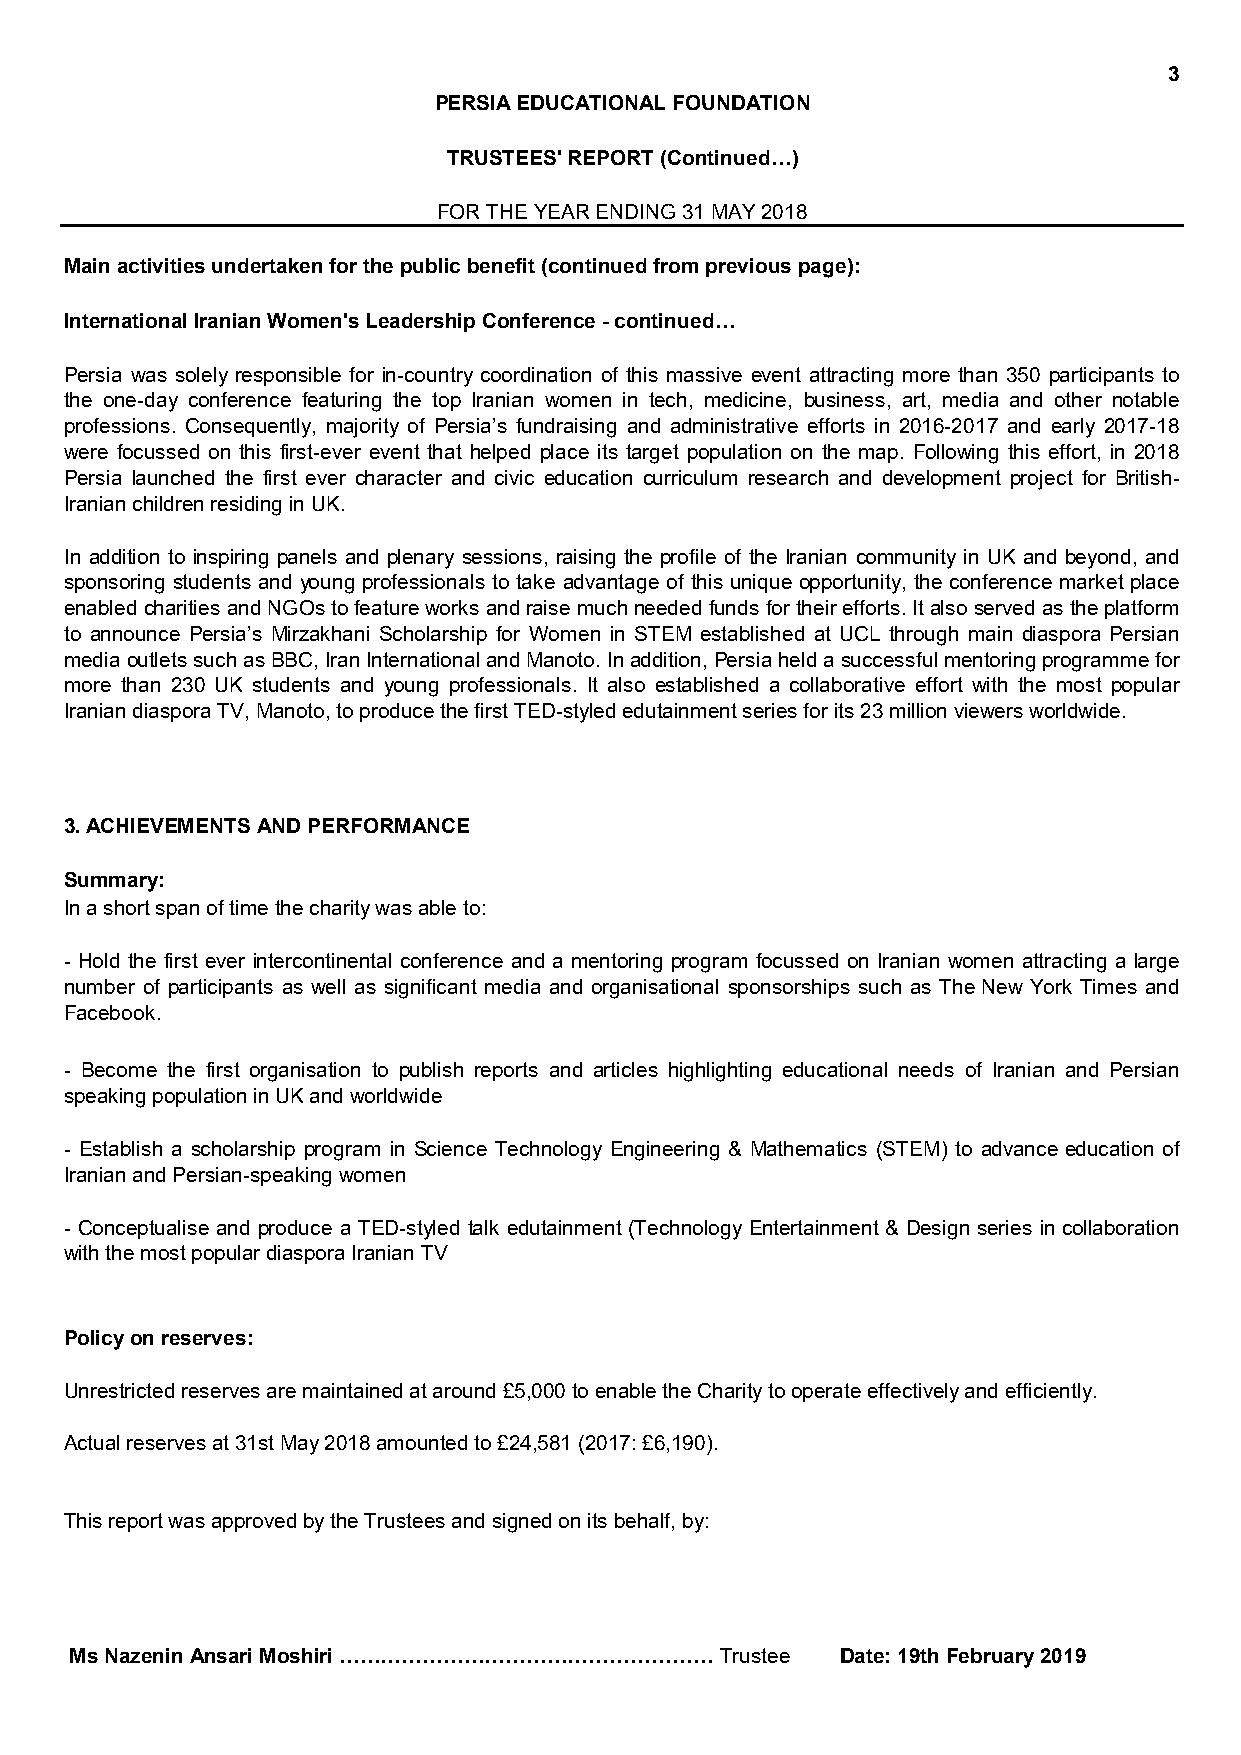
3
 PERSIA EDUCATIONAL FOUNDATION
 TRUSTEES' REPORT (Continued…)
 FOR THE YEAR ENDING 31 MAY 2018
 Main activities undertaken for the public benefit (continued from previous page):
 International Iranian Women's Leadership Conference - continued…
 Persia was solely responsible for in-country coordination of this massive event attracting more than 350 participants to
 the one-day conference featuring the top Iranian women in tech, medicine, business, art, media and other notable
 professions. Consequently, majority of Persia’s fundraising and administrative efforts in 2016-2017 and early 2017-18
 were focussed on this first-ever event that helped place its target population on the map. Following this effort, in 2018
 Persia launched the first ever character and civic education curriculum research and development project for British-
 Iranian children residing in UK.
 In addition to inspiring panels and plenary sessions, raising the profile of the Iranian community in UK and beyond, and
 sponsoring students and young professionals to take advantage of this unique opportunity, the conference market place
 enabledcharitiesandNGOstofeatureworksandraisemuchneededfundsfortheirefforts.Italsoservedastheplatform
 to announce Persia’s Mirzakhani Scholarship for Women in STEM established at UCL through main diaspora Persian
 mediaoutletssuchasBBC,IranInternationalandManoto.Inaddition,Persiaheldasuccessfulmentoringprogrammefor
 more than 230 UK students and young professionals. It also established a collaborative effort with the most popular
 Iranian diaspora TV, Manoto, to produce the first TED-styled edutainment series for its 23 million viewers worldwide.
 3. ACHIEVEMENTS AND PERFORMANCE
 Summary:
 In a short span of time the charity was able to:
 - Hold the first ever intercontinental conference and a mentoring program focussed on Iranian women attracting a large
 number of participants as well as significant media and organisational sponsorships such as The New York Times and
 Facebook.
 - Become the first organisation to publish reports and articles highlighting educational needs of Iranian and Persian
 speaking population in UK and worldwide
 - Establish a scholarship program in Science Technology Engineering & Mathematics (STEM) to advance education of
 Iranian and Persian-speaking women
 - Conceptualise and produce a TED-styled talk edutainment (Technology Entertainment & Design series in collaboration
 with the most popular diaspora Iranian TV
 Policy on reserves:
 Unrestricted reserves are maintained at around £5,000 to enable the Charity to operate effectively and efficiently.
 Actual reserves at 31st May 2018 amounted to £24,581 (2017: £6,190).
 This report was approved by the Trustees and signed on its behalf, by:
 Ms Nazenin Ansari Moshiri ……………………………………………… Trustee Date: 19th February 2019